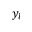
y _ { l }